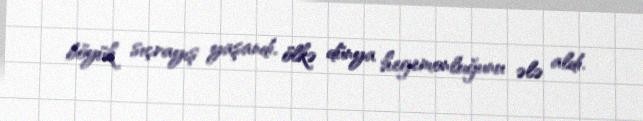
böyük sıçrayış yaşandı, ölkə dünya hegemonluğunu ələ aldı.